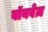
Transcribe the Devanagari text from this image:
वॉयवेज़